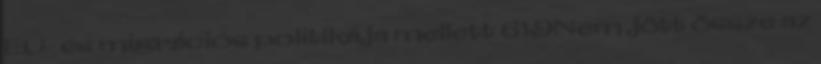
EU- és migrációs politikája mellett 619Nem jött össze az